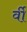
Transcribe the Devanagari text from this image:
र्वी